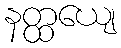
နတ္ထယျေ